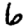
Digit: 6